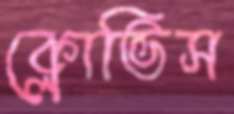
ক্লোভিস